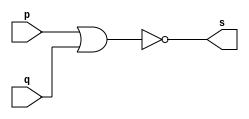
// ------------------------- 
// Guia01segunda - NOR 
// Nome: Pedro Henrique Vilar Locatelli 
// ------------------------- 
module norgate ( output s, 
                input p, q); 
 assign s = ~(p | q); 
endmodule // norgate 
// --------------------- 
// -- test nor gate 
// --------------------- 
module testnorgate; 
// ------------------------- dados locais 
  reg a, b; // definir registradores 
  wire s; // definir conexao (fio) 
// ------------------------- instancia 
norgate NOR1 (s, a, b); 
// ------------------------- preparacao 
  initial begin:start 
   a=0; b=0; 
  end 
// ------------------------- parte principal 
  initial begin 
   $display("Guia01segunda - Pedro Henrique Vilar Locatelli - 427453"); 
   $display("Test NOR gate"); 
   $display("\na & b = s\n");
	$monitor("%b & %b = %b", a, b, s); 
#1 a=0; b=0; 
#1 a=0; b=1; 
#1 a=1; b=0; 
#1 a=1; b=1; 
end 
endmodule // testnorgate 
// verso    -    data    -    comentario
// 0.1          03/08/11       (OK). tabela verdade de porta NOR